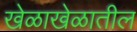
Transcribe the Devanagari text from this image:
खेळाखेळातील